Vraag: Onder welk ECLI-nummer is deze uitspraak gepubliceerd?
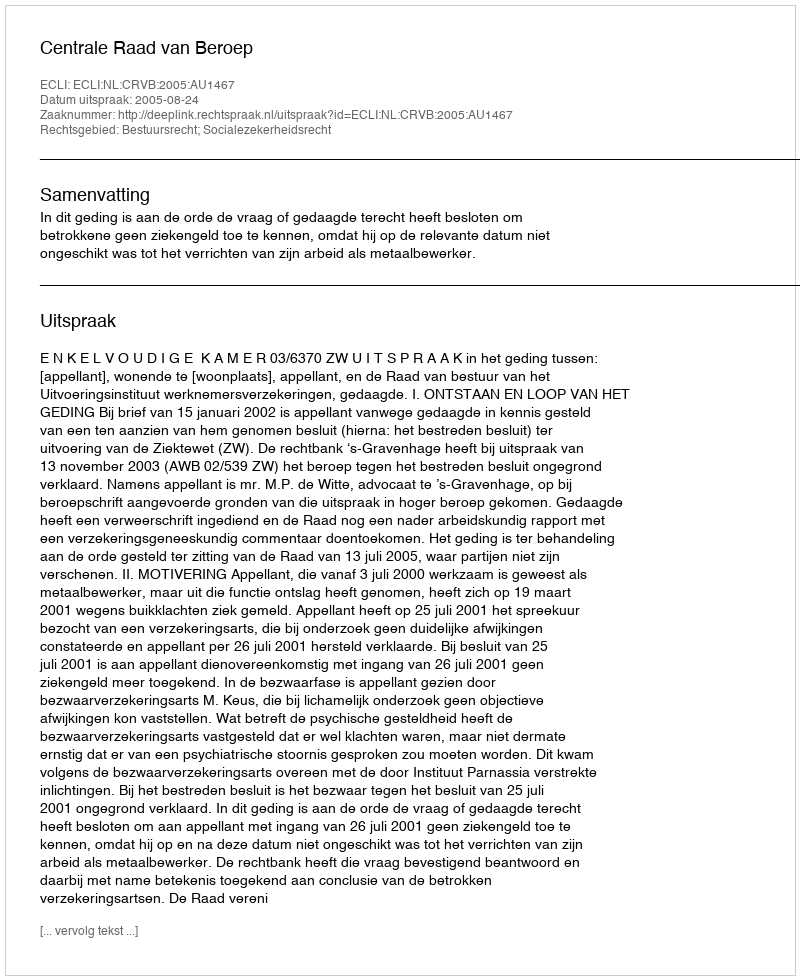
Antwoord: ECLI:NL:CRVB:2005:AU1467